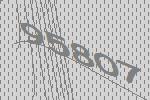
95807